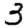
Digit: 3